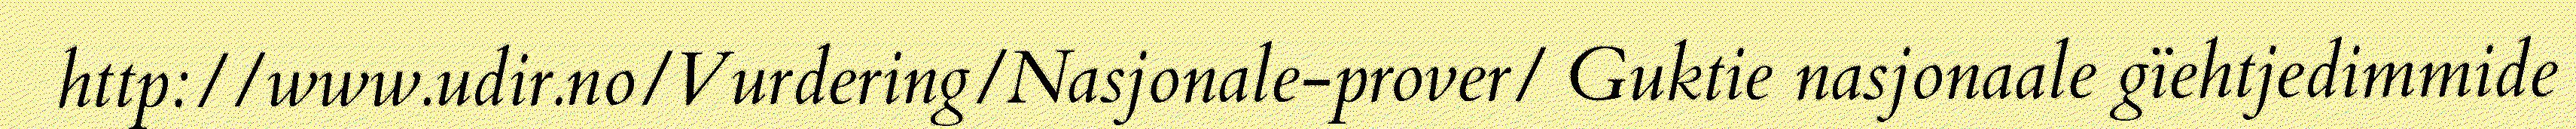
http://www.udir.no/Vurdering/Nasjonale-prover/ Guktie nasjonaale gïehtjedimmide